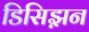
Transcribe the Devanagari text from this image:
डिसिझ़न